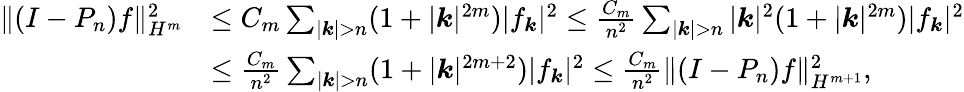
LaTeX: \begin{array}{rl}{\| (I-P_{n})f\| _{H^{m}}^{2}}&{\leq C_{m}\sum_{|\boldsymbol{k}|>n}(1+|\boldsymbol{k}|^{2m})|f_{\boldsymbol{k}}|^{2}\leq\frac{C_{m}}{n^{2}}\sum_{|\boldsymbol{k}|>n}|\boldsymbol{k}|^{2}(1+|\boldsymbol{k}|^{2m})|f_{\boldsymbol{k}}|^{2}}\\ &{\leq\frac{C_{m}}{n^{2}}\sum_{|\boldsymbol{k}|>n}(1+|\boldsymbol{k}|^{2m+2})|f_{\boldsymbol{k}}|^{2}\leq\frac{C_{m}}{n^{2}}\| (I-P_{n})f\| _{H^{m+1}}^{2},}\end{array}